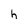
Character: h